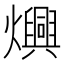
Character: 𬋙